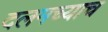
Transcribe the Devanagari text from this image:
दलमच्याच